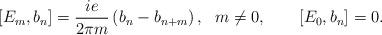
LaTeX: \begin{align*} [E_m, b_n] = \frac{ie}{2 \pi m }\left( b_n - b_{n+m} \right), \ \ m \neq0, \qquad [E_0, b_n]=0.\end{align*}